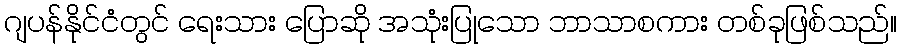
ဂျပန်နိုင်ငံတွင် ရေးသား ပြောဆို အသုံးပြုသော ဘာသာစကား တစ်ခုဖြစ်သည်။